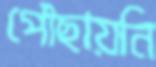
পৌছায়নি